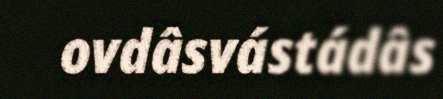
ovdâsvástádâs